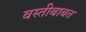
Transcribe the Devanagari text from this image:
वस्तीबाबत